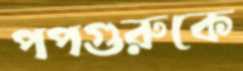
পপগুরুকে